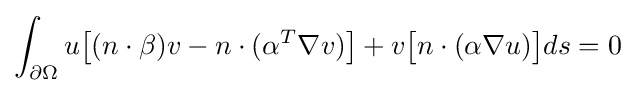
\int _{\partial \Omega }u{\big [}(n\cdot \beta )v-n\cdot (\alpha ^{T}\nabla v){\big ]}+v{\big [}n\cdot (\alpha \nabla u){\big ]}ds=0